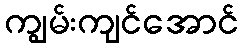
ကျွမ်းကျင်အောင်